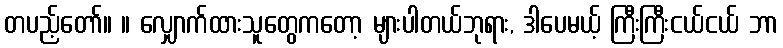
တပည့်တော်။ ။ လျှောက်ထားသူတွေကတော့ များပါတယ်ဘုရား, ဒါပေမယ့် ကြီးကြီးငယ်ငယ် ဘာ